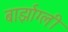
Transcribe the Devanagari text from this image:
बार्झाग्ली